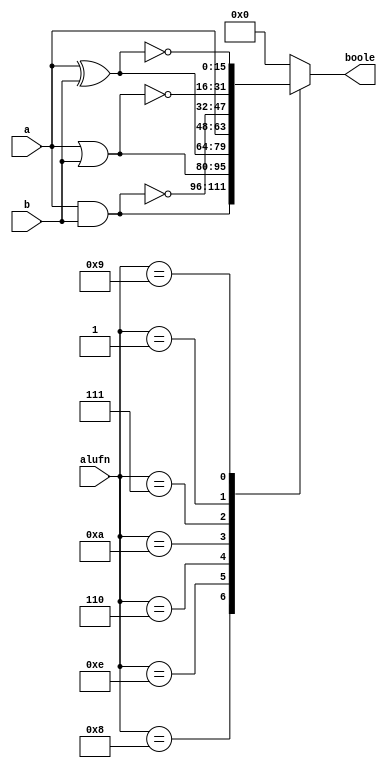
module boolesixteen_9 (
    input [3:0] alufn,
    input [15:0] a,
    input [15:0] b,
    output reg [15:0] boole
  );
  
  
  
  always @* begin
    
    case (alufn)
      4'h8: begin
        boole = a & b;
      end
      4'he: begin
        boole = a | b;
      end
      4'h6: begin
        boole = a ^ b;
      end
      4'ha: begin
        boole = a;
      end
      4'h7: begin
        boole = ~(a & b);
      end
      4'h1: begin
        boole = ~(a | b);
      end
      4'h9: begin
        boole = ~(a ^ b);
      end
      default: begin
        boole = 16'h0000;
      end
    endcase
  end
endmodule